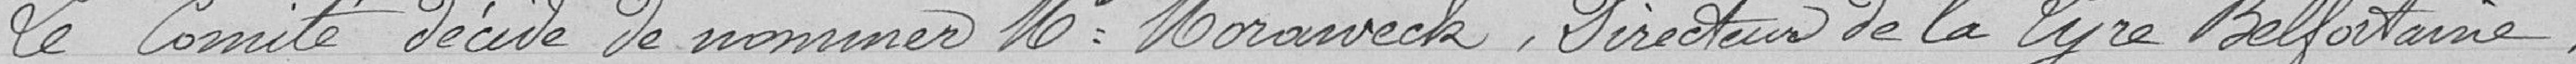
Le Comité décide de nommer Mr Moraweck, Directeur de la Lyre Belfortaine